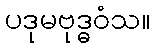
ပဒုမဗုဒ္ဓဝံသ။